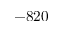
- 8 2 0